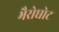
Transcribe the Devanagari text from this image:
भैरोघोट